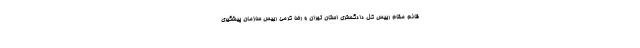
قائم مقام رییس کل دادگستری استان تهران و رضا کرمی رییس سازمان پیشگیری